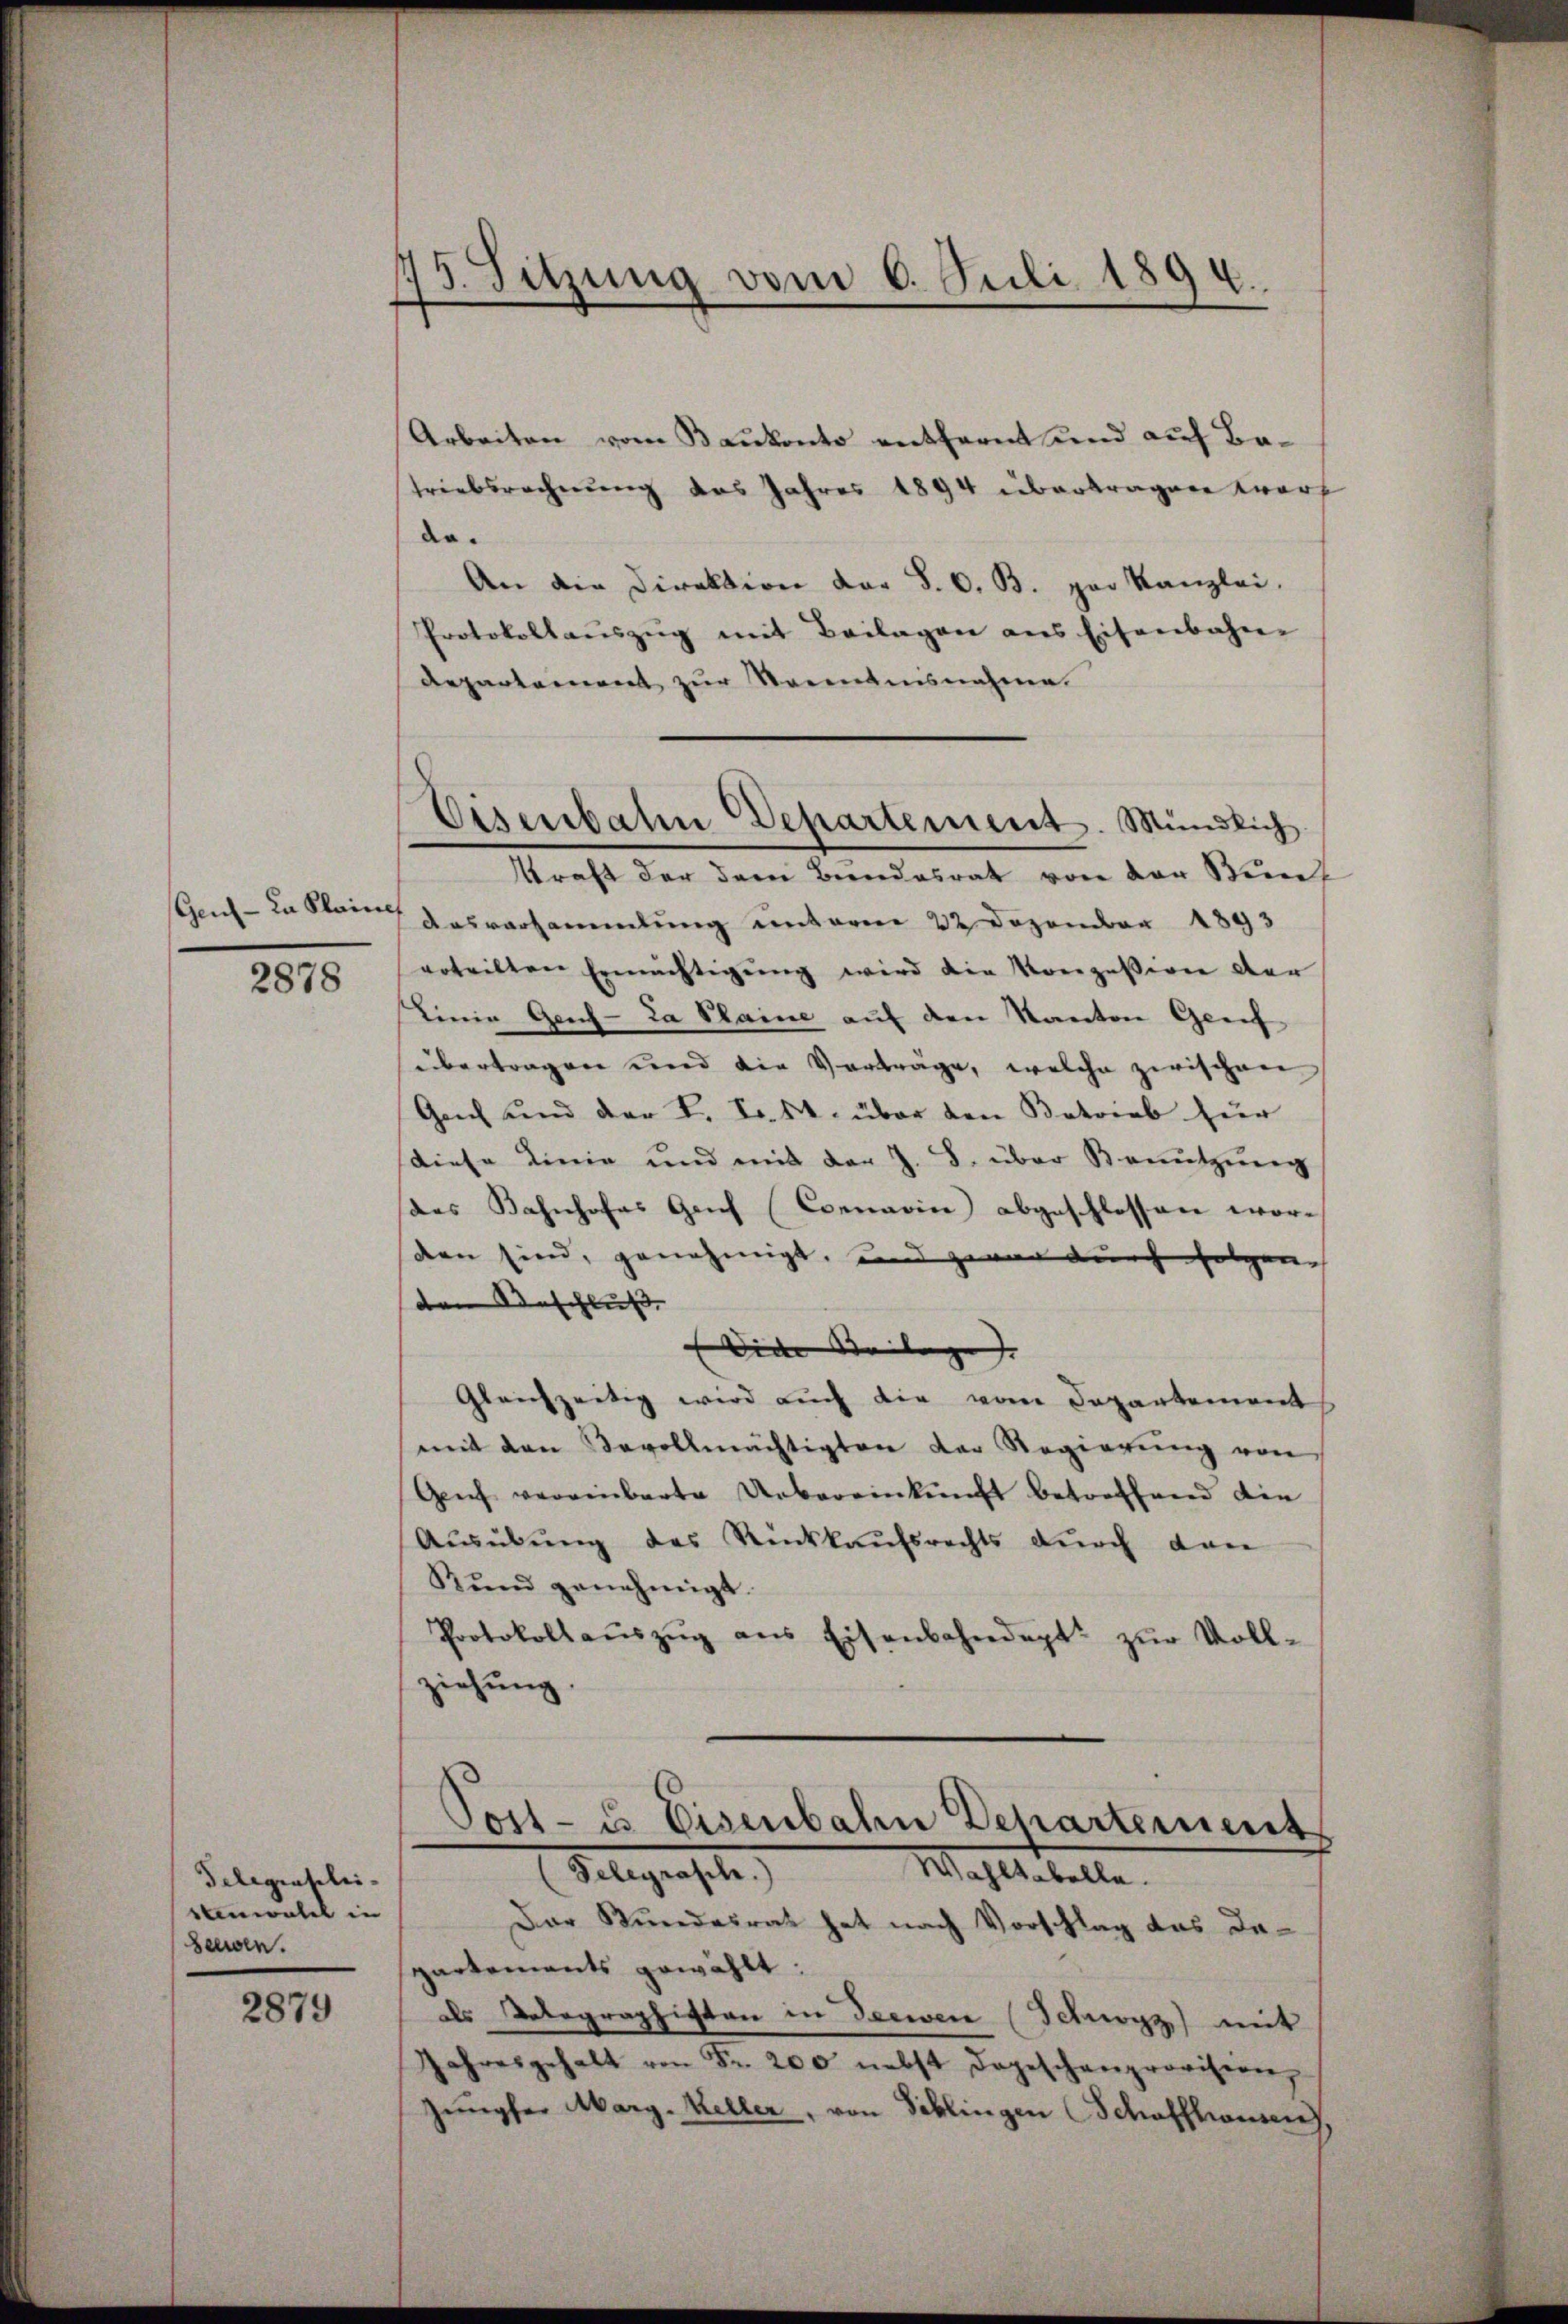
Gen - da Kleine

2878

Telegraschei-
stenwatel in
Seewen.

2879

13. Sitzung vom 6. Juli 1894.

Arbeiten vom Baukonto entfernt und auf Ba¬
Triebsrechnung des Jahres 1894 übertragen wart
do.
An die Direktion der §. 6. B. per Kanzlei.
Protokollauszug mit Beilagen aus Eisenbahne
Departement zur Senntnisnahme.
kraft der dem Beendesrat von der Sich
Ausversammlung unterm 22 Dezember 1893
erteilten Ermächtigŭng wird die Konzession der
Linie Geich-La Plaine auf den Kanton Greif
übertragen und die Verträge, welche zwischen
Ganz und der L. Fr. M. über den Betrieb für
diese Linie und mit der J. B. über Benutzung
des Bahnhofes Genf (Connavin abgeschlossen worden sind, genehmigt, und zwar durch folgene
ten Beschluß
Die Weilage. |
Gleichzeitig wird aŭch die vom Departement
mit den Bevollmächtigten der Regierŭng von
Genf vereinbarte Uebereinkunft betreffend die
Aŭsübŭng des Rückkaŭfsrechts dŭrch dan
Kund genehmigt.
Protokollaŭszŭg ans Eisenbahndept. zŭr Voll-
ziehung.

Sisenbaten Departement. Mündlich.

Post- u. Eisenbahn Departement
Telegrasch.)
Wahltabella.

Der Bundesrat hat nach Vorschlag das Departements gewählt:
als olographisten in Seewen (Schwyz mit
Jahresgehalt von Fr. 200 nebst dageschenprovisern,
Jungfer Marg. Keller, von Schlingen Schaffhausen,